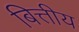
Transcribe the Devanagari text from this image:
बित्तीय